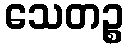
သေတဉ္စ